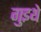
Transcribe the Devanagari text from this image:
गुइथे